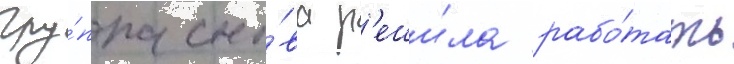
Гру́ппа сно́ва р'еши́ла рабо́тать